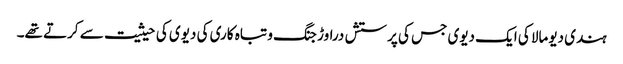
ہندی دیومالا کی ایک دیوی جس کی پرستش دراوڑ جنگ و تباہ کاری کی دیوی کی حیثیت سے کرتے تھے۔